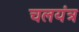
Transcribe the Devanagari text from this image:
चलयंत्र